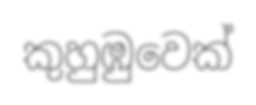
කුහුඹුවෙක්